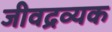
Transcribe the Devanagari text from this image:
जीवद्रव्यक